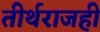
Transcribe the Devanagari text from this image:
तीर्थराजही